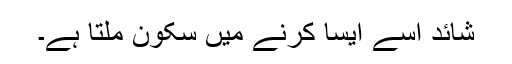
شائد اسے ایسا کرنے میں سکون ملتا ہے۔